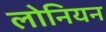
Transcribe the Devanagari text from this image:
लोनियन